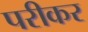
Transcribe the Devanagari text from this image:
परीकर